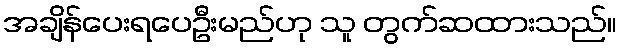
အချိန်ပေးရပေဦးမည်ဟု သူ တွက်ဆထားသည်။